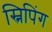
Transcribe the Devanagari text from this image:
स्निपिंग